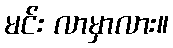
မင်း လာမှာလား။